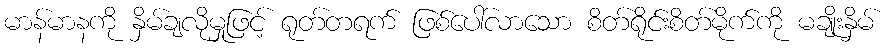
မာန်မာနကို နှိမ်ချလိုမှုဖြင့် ရုတ်တရက် ဖြစ်ပေါ်လာသော စိတ်ရိုင်းစိတ်မိုက်ကို မချိုးနှိမ်